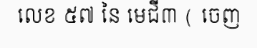
លេខ ៥៧ នៃ មេជី៣ ( ចេញ